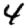
Digit: 4